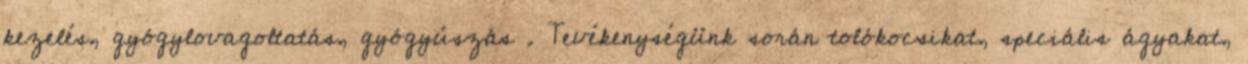
kezelés, gyógylovagoltatás, gyógyúszás . Tevékenységünk során tolókocsikat, speciális ágyakat,